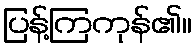
ပြန့်ကြကုန်၏။